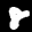
Label: 8